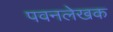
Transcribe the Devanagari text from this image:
पवनलेखक